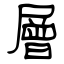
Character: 層